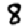
Digit: 8